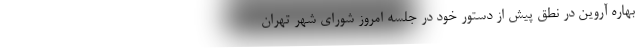
بهاره آروین در نطق پیش از دستور خود در جلسه امروز شورای شهر تهران